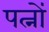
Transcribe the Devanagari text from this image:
पत्नों